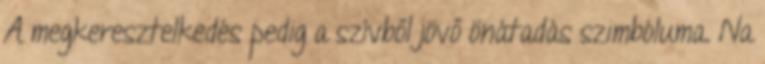
A megkeresztelkedés pedig a szívből jövő önátadás szimbóluma. Na